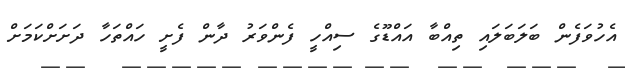
އެހުވަފެން ބަލަބަލައި ތިއްބާ އައްޑޫގެ ސިއްހީ ފެންވަރު ދާން ފެށީ ހައްތަހާ ދަށަށްކަމަށް